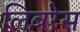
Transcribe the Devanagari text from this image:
लिबरेस